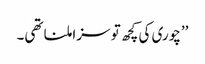
’’چوری کی کچھ تو سزا ملنا تھی۔